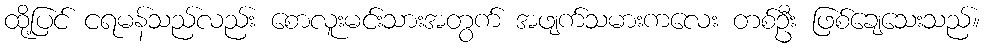
ထို့ပြင် ငရမန်သည်လည်း စောလူးမင်းသားအတွက် အဖျက်သမားကလေး တစ်ဦး ဖြစ်ချေသေးသည်။